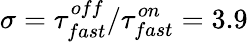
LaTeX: \sigma=\tau_{fast}^{off}/\tau_{fast}^{on}=3.9